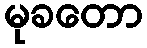
မုခတော